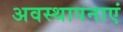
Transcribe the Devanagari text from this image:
अवस्थापनाएं